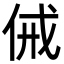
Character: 㑘